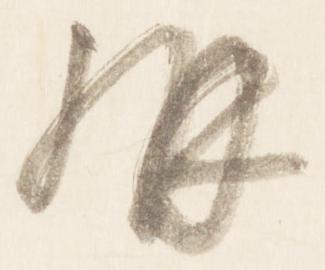
構